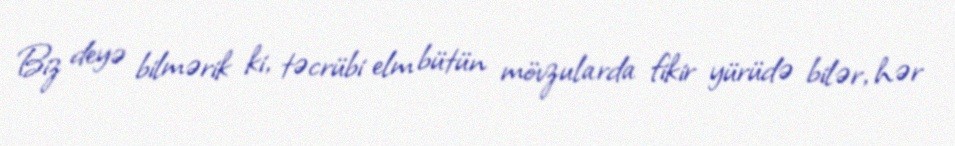
Biz deyə bilmərik ki, təcrübi elm bütün mövzularda fikir yürüdə bilər, hər